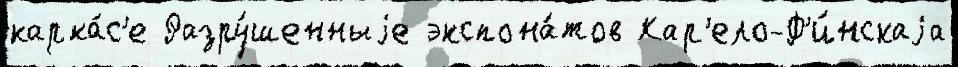
карка́с'е Разру́шенныjе экспона́тов Кар'ело-Ф'и́нскаjа